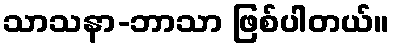
သာသနာ-ဘာသာ ဖြစ်ပါတယ်။